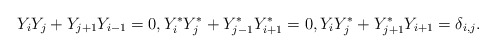
\begin{align*}Y_iY_j+Y_{j+1}Y_{i-1}=0,Y^*_iY^*_j+Y^*_{j-1}Y^*_{i+1}=0,Y_iY^*_j+Y^*_{j+1}Y_{i+1}=\delta_{i,j}.\end{align*}